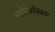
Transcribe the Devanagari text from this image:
क्लोरोकॉक्कम